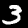
Digit: 3